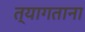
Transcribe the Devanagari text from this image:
त्यागताना